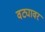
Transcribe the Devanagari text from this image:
वट्यावर